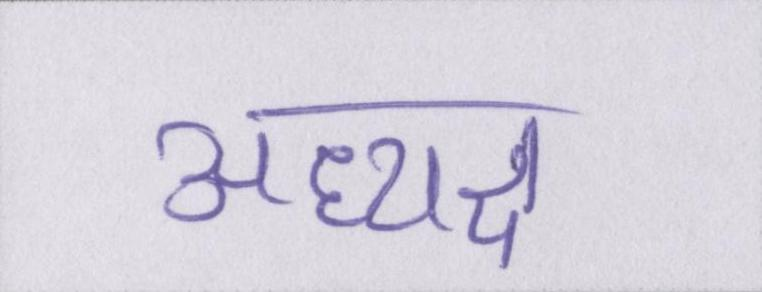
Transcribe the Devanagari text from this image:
अध्यक्ष